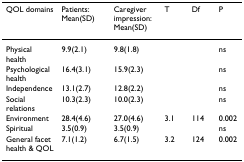
<table><thead><tr><td><b>QOL domains</b></td><td><b>Patients: Mean(SD)</b></td><td><b>Caregiver impression: Mean(SD)</b></td><td><b>T</b></td><td><b>Df</b></td><td><b>P</b></td></tr></thead><tbody><tr><td>Physical health</td><td>9.9(2.1)</td><td>9.8(1.8)</td><td></td><td></td><td>ns</td></tr><tr><td>Psychological health</td><td>16.4(3.1)</td><td>15.9(2.3)</td><td></td><td></td><td>ns</td></tr><tr><td>Independence</td><td>13.1(2.7)</td><td>12.8(2.2)</td><td></td><td></td><td>ns</td></tr><tr><td>Social relations</td><td>10.3(2.3)</td><td>10.0(2.3)</td><td></td><td></td><td>ns</td></tr><tr><td>Environment</td><td>28.4(4.6)</td><td>27.0(4.6)</td><td>3.1</td><td>114</td><td>0.002</td></tr><tr><td>Spiritual</td><td>3.5(0.9)</td><td>3.5(0.9)</td><td></td><td></td><td>ns</td></tr><tr><td>General facet health &amp; QOL</td><td>7.1(1.2)</td><td>6.7(1.5)</td><td>3.2</td><td>124</td><td>0.002</td></tr></tbody></table>